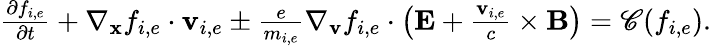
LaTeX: \begin{array}{r}{\frac{\partial f_{i,e}}{\partial t}+\nabla_{\mathbf{x}}f_{i,e}\cdot\mathbf{v}_{i,e}\pm\frac{e}{m_{i,e}}\nabla_{\mathbf{v}}f_{i,e}\cdot\left(\mathbf{E}+\frac{\mathbf{v}_{i,e}}{c}\times\mathbf{B}\right)=\mathscr{C}(f_{i,e}).}\end{array}